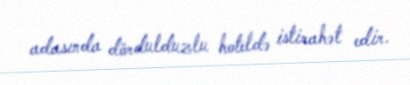
adasında dördulduzlu hoteldə istirahət edir.